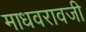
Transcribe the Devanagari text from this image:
माधवरावजी